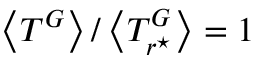
\left< T ^ { G } \right> / \left< T _ { r ^ { \star } } ^ { G } \right> = 1